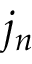
j _ { n }